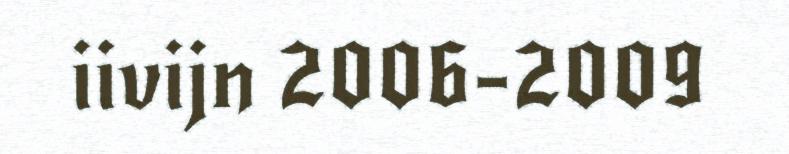
iivijn 2006-2009